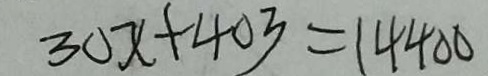
3 0 x + 4 0 3 = 1 4 4 0 0